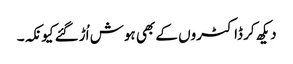
دیکھ کر ڈاکٹروں کے بھی ہوش اُڑگئے کیونکہ۔